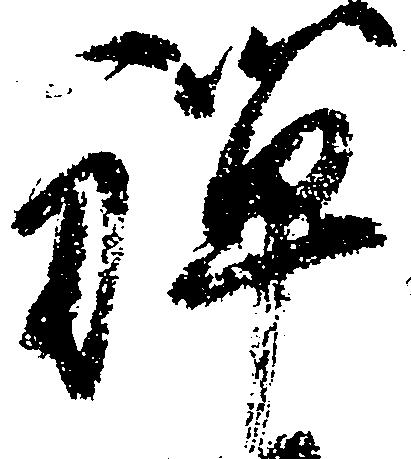
禅